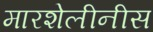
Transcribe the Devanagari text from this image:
मारशेलीनीस